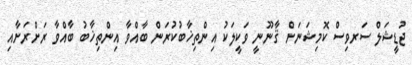
ޖުޑީޝަލް ސަރވިސް ކޮމިޝަނަށް ޤާނޫނީ ވަކީލަކު އިންތިޚާބުކުރަން ބާއްވާ އިންތިޚާބު ބާއްވާ ރަށްރަށާއި